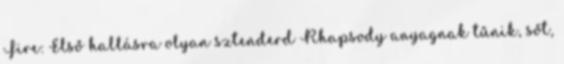
Fire: Első hallásra olyan sztenderd Rhapsody anyagnak tűnik, sőt,